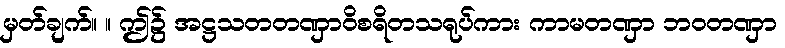
မှတ်ချက်။ ။ ဤ၌ အဋ္ဌသတတဏှာဝိစရိတသရုပ်ကား ကာမတဏှာ ဘဝတဏှာ